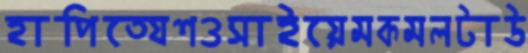
হাপিত্যেশওসাইয়েমকমলটাউ